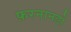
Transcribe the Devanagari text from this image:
फ़रनानडो